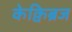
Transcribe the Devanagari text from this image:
केक्विब्रज